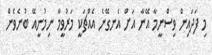
މި ފަދައިން ވިސްނީމާ އޭނާ އަށް އެނގޭނެ އެއްޗަކީ މަރުވީމާ ނިމުނީއޭ ބުނެވެން